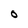
Character: O